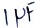
Text: 1µF